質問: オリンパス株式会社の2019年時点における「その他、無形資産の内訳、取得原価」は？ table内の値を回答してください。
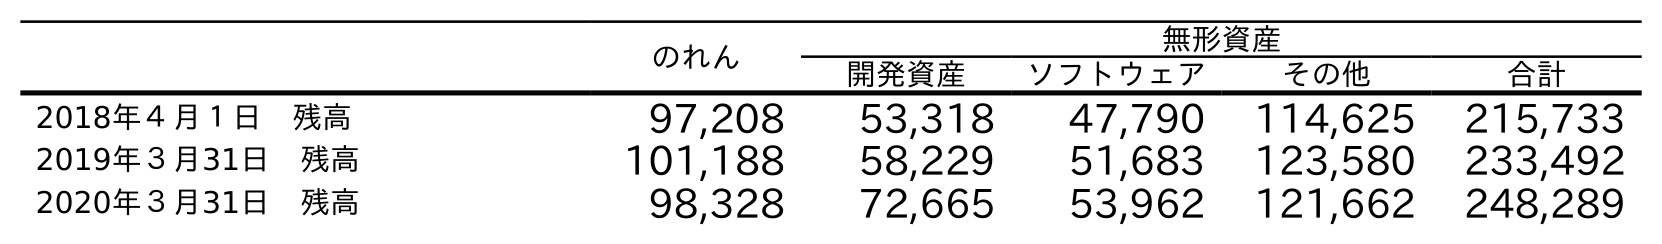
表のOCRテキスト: のれん 無形資産 開発資産 ソフトウェア その他 合計 2018年４月１日 残高 97,208 53,318 47,790 114,625 215,733 2019年３月31日 残高 101,188 58,229 51,683 123,580 233,492 2020年３月31日 残高 98,328 72,665 53,962 121,662 248,289
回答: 123,580